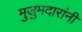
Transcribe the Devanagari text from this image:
मुजुमदारांनी